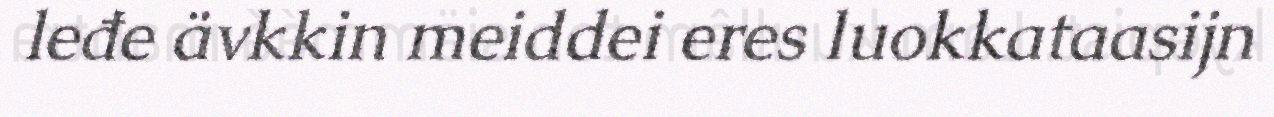
leđe ävkkin meiddei eres luokkataasijn